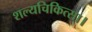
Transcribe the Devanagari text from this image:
शल्यचिकित्सा।